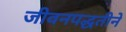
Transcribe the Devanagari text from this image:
जीवनपद्धतीने